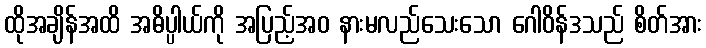
ထိုအချိန်အထိ အဓိပ္ပါယ်ကို အပြည့်အဝ နားမလည်သေးသော ဂေါဝိန်ဒသည် စိတ်အား